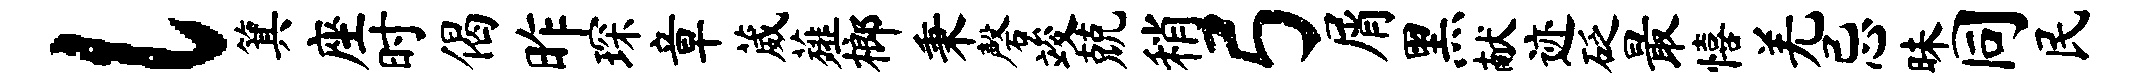
l箕座时偈昨琛章葳薤榔秉磬竣兢稍弓屑黑献迹砭最僖羌忌昧同民